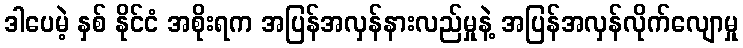
ဒါပေမဲ့ နှစ် နိုင်ငံ အစိုးရက အပြန်အလှန်နားလည်မှုနဲ့ အပြန်အလှန်လိုက်လျောမှု